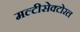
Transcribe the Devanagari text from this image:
मल्टीसेक्टोरल